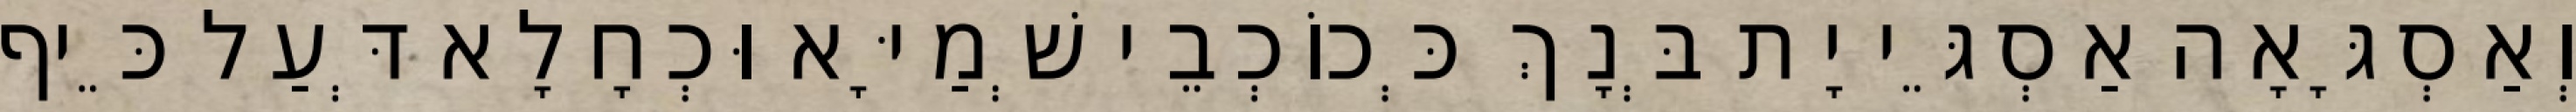
וְאַסְגָּאָה אַסְגֵּי יָת בְּנָךְ כְּכוֹכְבֵי שְׁמַיָּא וּכְחָלָא דְּעַל כֵּיף